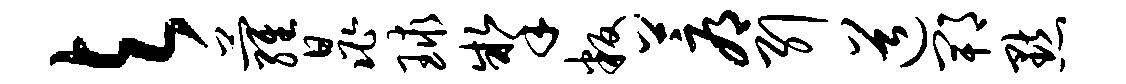
与萝晁球掣叛蓐引道郫默